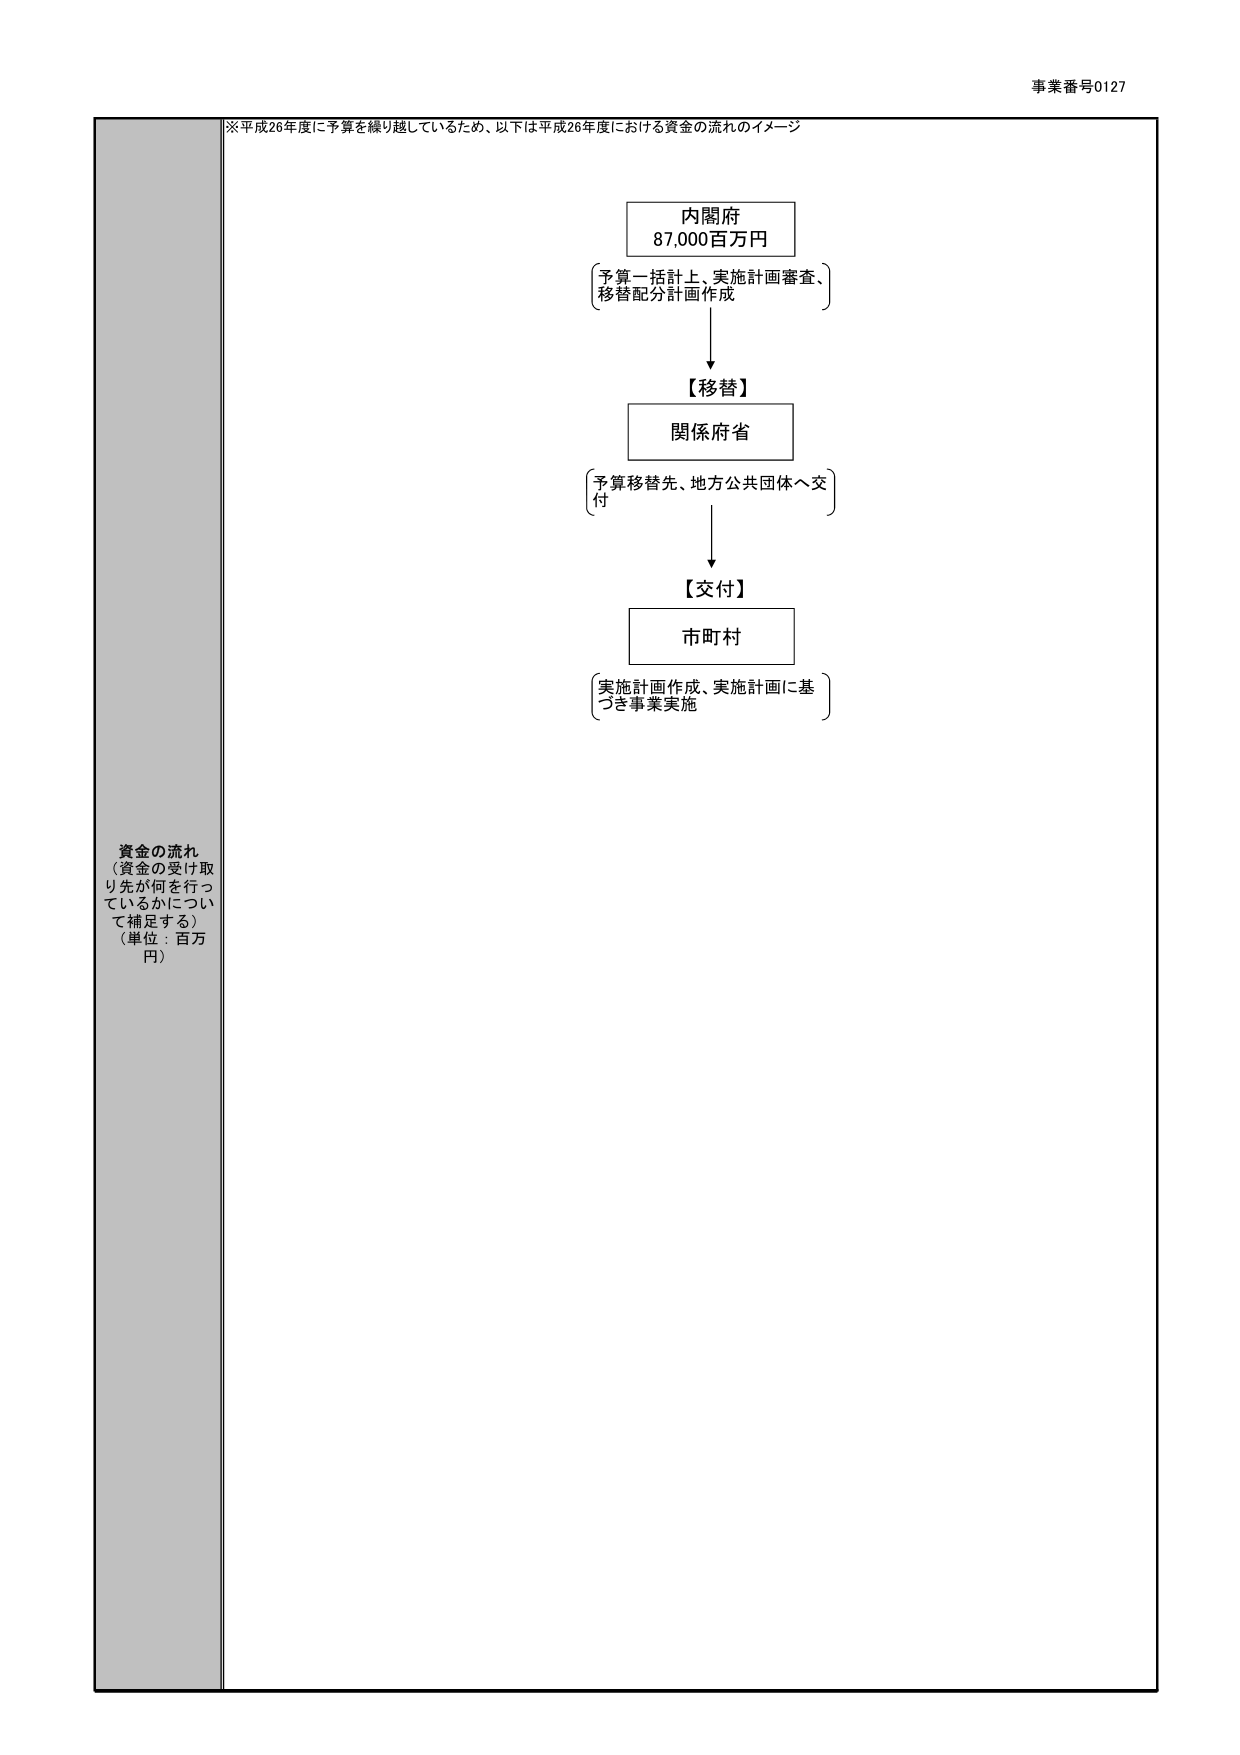
事業番号0127

※平成26年度に予算を繰り越しているため、以下は平成26年度における資金の流れのイメージ

内閣府
87,000百万円
（予算一括計上、実施計画審査、
移替配分計画作成）

【移替】
関係府省
（予算移替先、地方公共団体へ交付）

【交付】
市町村
（実施計画作成、実施計画に基づき事業実施）

資金の流れ
（資金の受け取り先が何を行っているかについて補足する）
（単位：百万円）